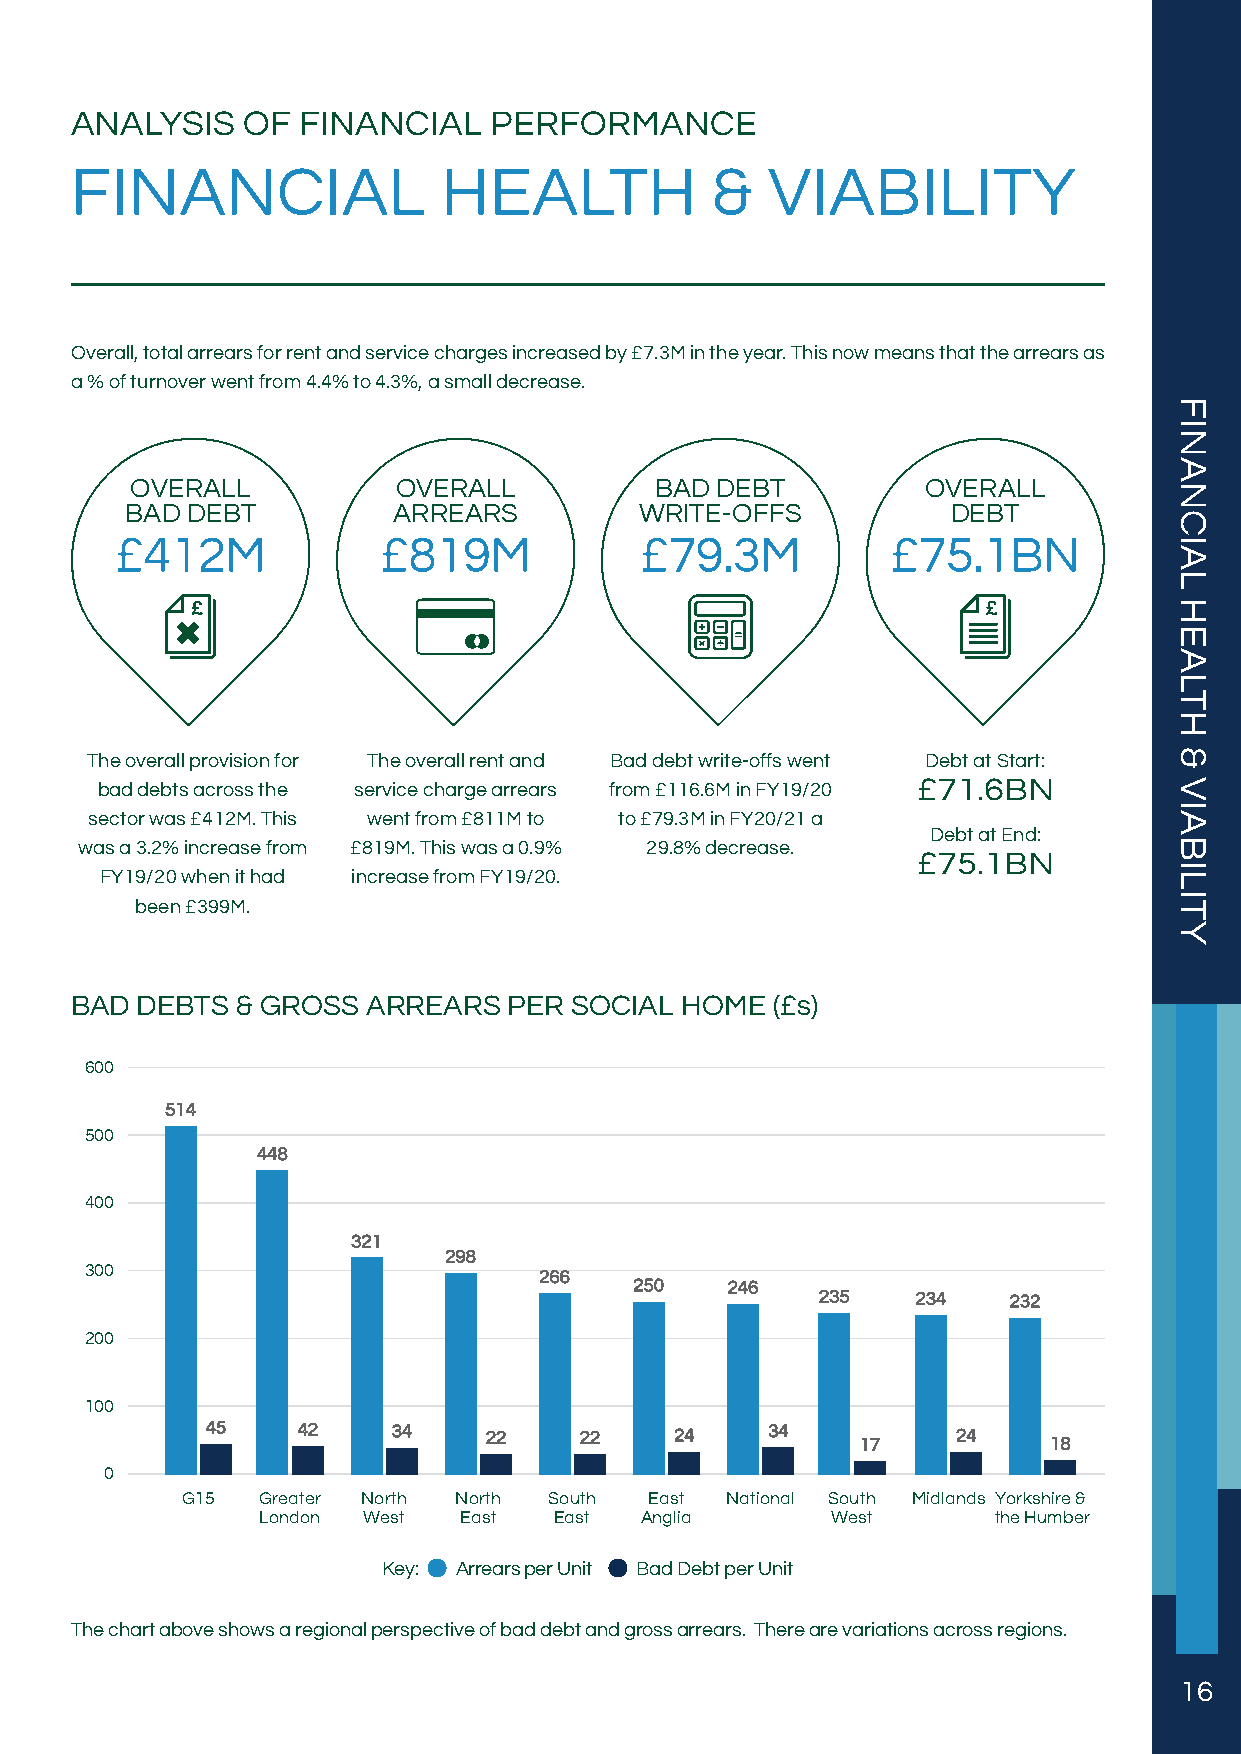
ANALYSIS   OF  FINANCIAL   PERFORMANCE
 FINANCIAL               HEALTH            &   VIABILITY
 Overall, total arrears for rent and service charges increased by £7.3M in the year. This now means that the arrears as
 a % of turnover went from 4.4% to 4.3%, a small decrease.
 OVERALL          OVERALL          BAD DEBT          OVERALL
 BAD DEBT          ARREARS         WRITE-OFFS           DEBT
 £412M            £819M            £79.3M           £75.1BN
 The overall provision for The overall rent and Bad debt write-offs went Debt at Start:
 bad debts across the service charge arrears from £116.6M in FY19/20 £71.6BN
 sector was £412M. This went from £811M to to £79.3M in FY20/21 a
 Debt at End:
 was a 3.2% increase from £819M. This was a 0.9% 29.8% decrease.
 £75.1BN
 FY19/20 when it had increase from FY19/20.
 been £399M.
 BAD DEBTS  & GROSS ARREARS   PER SOCIAL HOME  (£s)
 600
 514
 500
 448
 400
 321
 298
 300                           266
 250   246
 235    234   232
 200
 100
 45    42    34    22    22     24    34    17    24    18
 0
 G15  Greater North North South East National South Midlands Yorkshire &
 London West  East   East Anglia       West       the Humber
 Key: Arrears per Unit Bad Debt per Unit
 The chart above shows a regional perspective of bad debt and gross arrears. There are variations across regions.
 16
 FINANCIAL
 HEALTH
 &
 VIABILITY